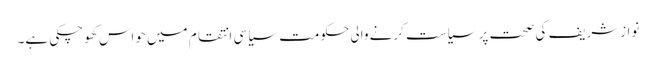
نوازشریف کی صحت پر سیاست کرنے والی حکومت سیاسی انتقام میں حواس کھوچکی ہے۔